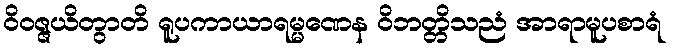
ဝိဝဇ္ဇယိတွာတိ ရူပကာယာရမ္မဏေန ဝိဘတ္တိသညံ အာရာမူပစာရံ